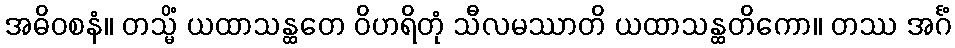
အဓိဝစနံ။ တသ္မိံ ယထာသန္ထတေ ဝိဟရိတုံ သီလမဿာတိ ယထာသန္ထတိကော။ တဿ အင်္ဂံ